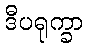
ဒီပရုက္ခာ